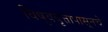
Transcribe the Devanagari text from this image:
विषुववृत्तापासूनचे